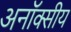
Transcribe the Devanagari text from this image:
अनॉक्सीय